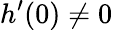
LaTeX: h^{\prime}(0)\neq 0